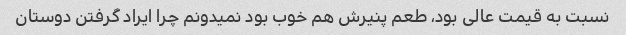
نسبت به قیمت عالی بود، طعم پنیرش هم خوب بود نمیدونم چرا ایراد گرفتن دوستان